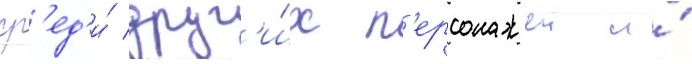
ср'ед'и́ друг'и́х п'ерсонажеи и́